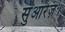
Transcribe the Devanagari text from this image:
सुआरेज़।